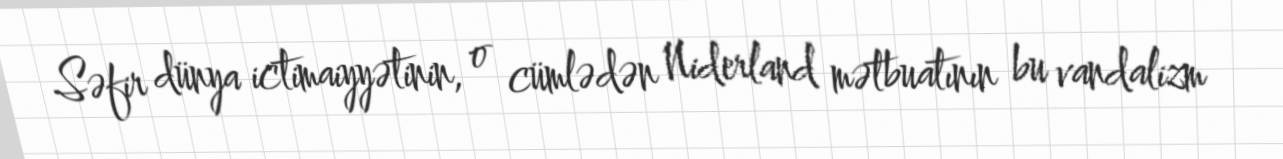
Səfir dünya ictimaiyyətinin, o cümlədən Niderland mətbuatının bu vandalizm